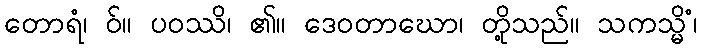
တောရံ၊ ဝ်။ ပဝဿိ၊ ၏။ ဒေဝတာဃော၊ တို့သည်။ သကသ္မိံ၊